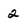
Character: 2